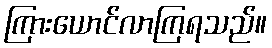
ကြားယောင်လာကြရသည်။